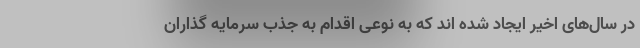
در سال‌های اخیر ایجاد شده اند که به نوعی اقدام به جذب سرمایه گذاران